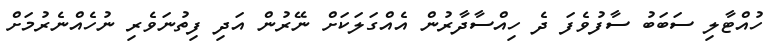
ހުއްޓާލި ސަބަބު ސާފުވެފަ ދެ ހިއްސާދާރުން އެއްގަލަކަށް ނޭރުން އަދި ފިތުނަވެރި ނުހެއްނެރުމަށް